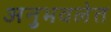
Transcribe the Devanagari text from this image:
अनुभवलेत